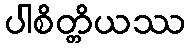
ပါစိတ္တိယဿ